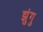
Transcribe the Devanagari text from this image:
झुंगु